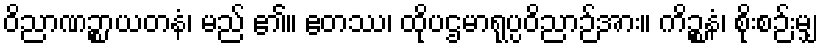
ဝိညာဏဉ္စာယတနံ၊ မည် ၏။ ဧတဿ၊ ထိုပဌမာရုပ္ပဝိညာဉ်အား။ ကိဉ္စနံ၊ စိုးစဉ်းမျှ